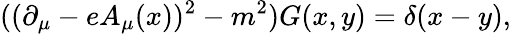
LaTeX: ((\partial_{\mu}-eA_{\mu}(x))^{2}-m^{2})G(x,y)=\delta(x-y),